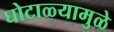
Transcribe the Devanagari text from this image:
घोटाळ्यामुळे